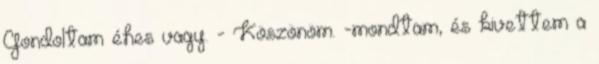
Gondoltam éhes vagy. - Köszönöm. -mondtam, és kivettem a